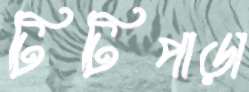
টিটিপাড়া